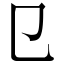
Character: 㔾